Statistical return of the lunatic asylum in Assam - 1912-1932
Year: 1912
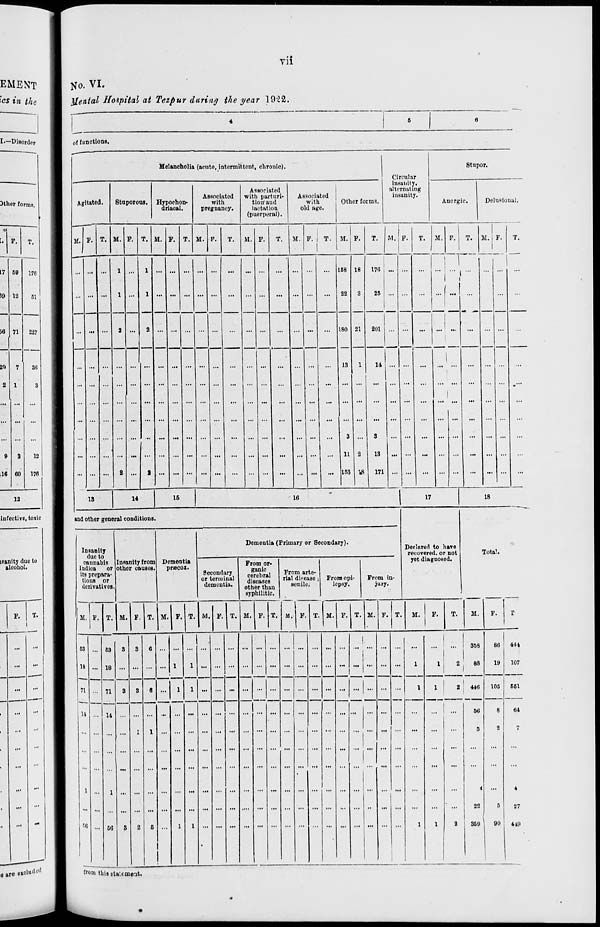
• *
Vll
EMENT
: <cs in the
I—Disorder
3ther forms.
F.
17 60
176
10 12
51
—
56 71
227
—
20
7
30
2 1
3
0
.16
12
176
12
infective, toxic
lFttnity due to
alcohol.
F.
a are excludi' 1 '
No. VI.
Ttfental Hospital at Tezpur daring the year 1922.
of functions.
Melancholia (acuto, intermittent, chronic).
Stupor.
Circular
insanity.
alternating
insanity.
Agitated.
Stu porous. Hypochon-
driacal.
Associated
with
pregnancy.
Associated
with parturi-
tion aud
luctivtiou
(puerperal).
1
Associated
with
old age.
Other forms.
Ancrgic.
Delusional.
M. F. T. M. F. T. M. F. T. M. F.
T.
fit. F. T. M.
|
F. | T. M. F.
T.
M. F.
T.
M. F.
T.
1
M. F.
1
T.
... ... ...
1 ...
1 ... ... ...
...
...
...
...
... ...
... 158 18
170 ... ...
...
-I-- ... ... ...
.„ ... ...
1 ...
1 ... ... ... ... ...
...
... ...
...
... ...
...
22
3
25 ... ...
...
...f... ...
...
...
... ...
2
2
...
:
1
...
... 180
13
21
1
201 ... ...
...
i
i
|
...
...
...
...
14 ...
i
...
|
...
...
... ... ... ... ... ... ... ... ... ... ...
...
... ...
...
... ...
...
... ...
...
... ...
...
I
...
... ...
...
i
... ... ... ...
i
... ... ... ... ...
...
...
... ...
...
3
...
3
... ...
...
... ...
...
...
...
... ... ... ... ...
... ... ... ... ...
...
... ...
...
... ...
...
11 2
13
... ...
...
... ...
...
... ...
...
... ... ...
2 ...
1 ... ... ... ... ...
...
...
... ...
... 153 18
171 ... ...
...
... ...
...
... ...
...
13
14
15
16
17
18
and other general conditions.
Insanity
due to
cannabis
Indica
or
its prepara-
tions or
derivatives
Insanity from
other L'UUBCH
M. P.
Dementia
priecox.
Dementia (Primary or Secondary).
Secondary
or terminal
dementia.
From or-
ganic
cerebral
diseases
other than
syphilitic.
From arte-
rial disease j
senile.
From opi-
lepsy.
From in-
jury.
Declared to have
recovered, or not
yet diagnosed.
Total.
M. p. IT. I M.I F. T. M.
M.
T. M. V.
M.
M. P. T. M.
F.
M.
U
tfi
71
11
on
...
1
... ... ■••!
353
88
I
2 | 446
64i
5
86
19
105
8
2
359
90
444
107
661
64
7
4
27
449
from this stah meat.